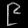
Digit: ၉